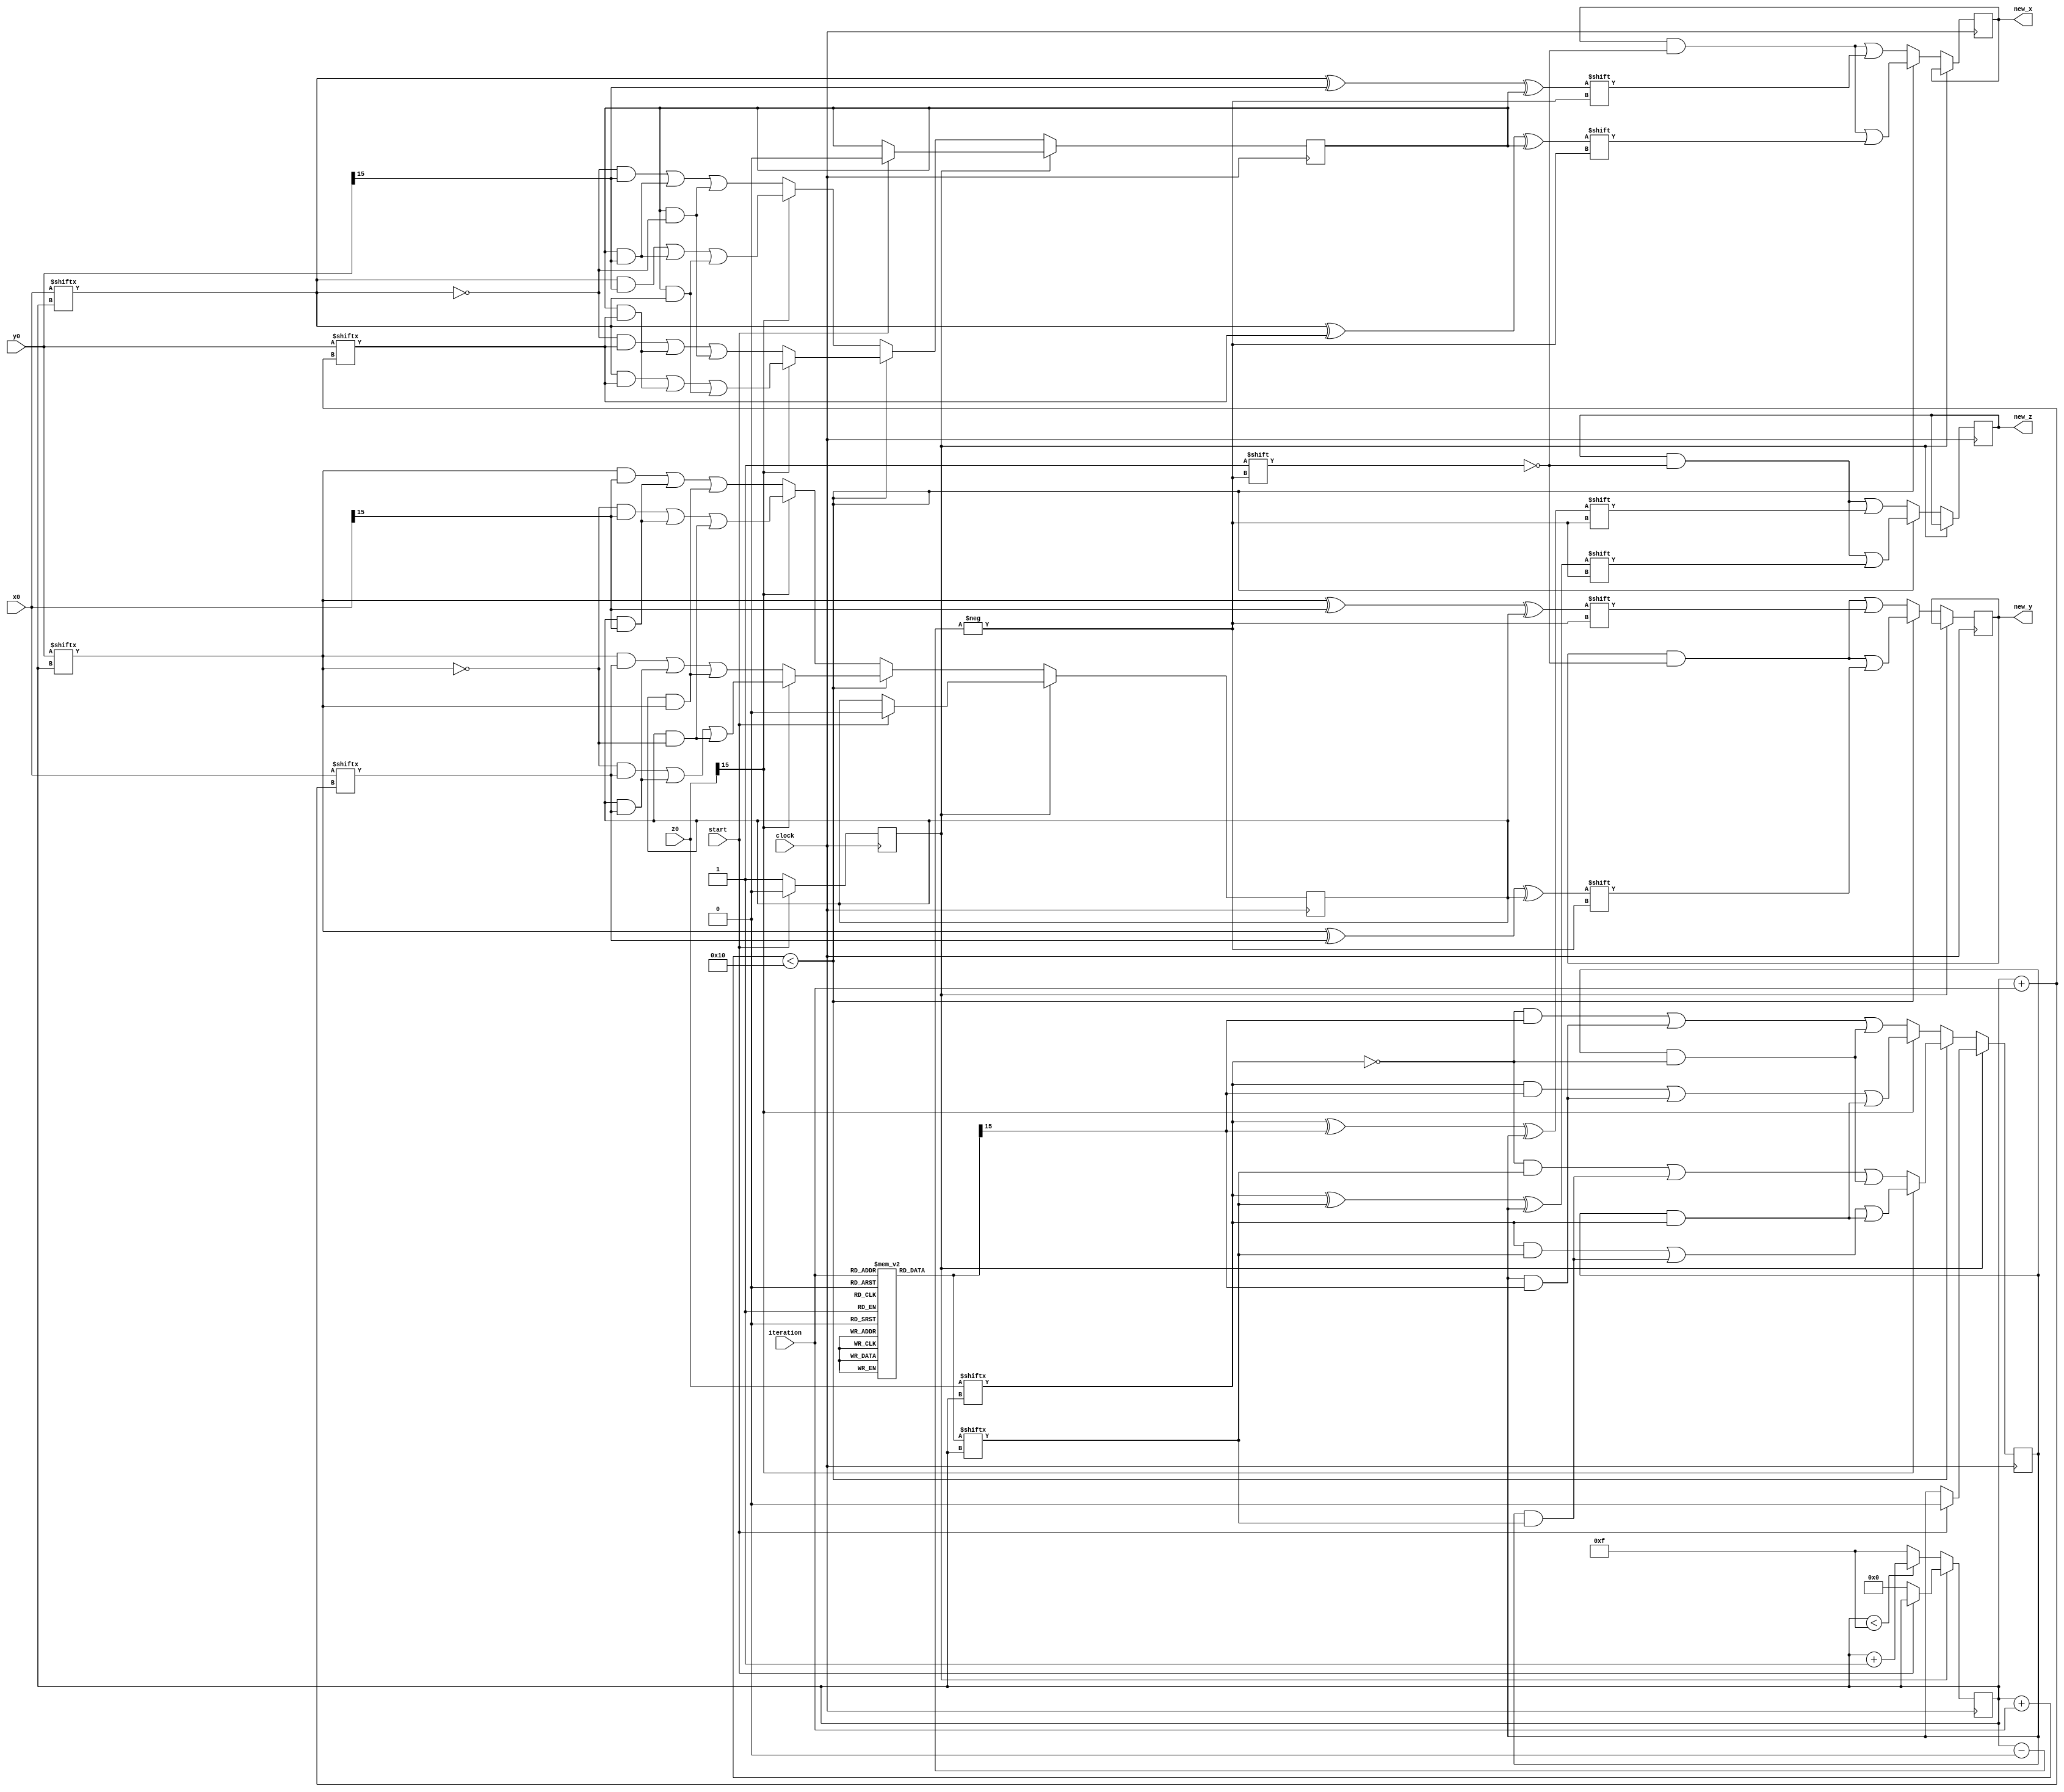
`timescale 1ns/1ps 

module cordic(clock,new_x,new_y,new_z,x0,y0,z0,iteration,start);

    input clock; 
    input signed [15:0] x0,y0;
    input signed [15:0] z0;
    output signed [15:0] new_x,new_y,new_z; 
    input [3:0] iteration;
    input start;
    reg [3:0] i = 4'b0000;
    reg signed [15:0] x,y,z;
    reg [15:0] tan_rom [15:0];
    reg addflag = 1;
    
    initial begin
    tan_rom[0] = 16'b0011001001000011;
    tan_rom[1] = 16'b0001110110101100;
    tan_rom[2] = 16'b0000111110101101;
    tan_rom[3] = 16'b0000011111110101;
    tan_rom[4] = 16'b0000001111111110;
    tan_rom[5] = 16'b0000000111111111;
    tan_rom[6] = 16'b0000000011111111;
    tan_rom[7] = 16'b0000000001111111;
    tan_rom[8] = 16'b0000000000111111;
    tan_rom[9] = 16'b0000000000011111;
    tan_rom[10] = 16'b0000000000001111;
    tan_rom[11] = 16'b0000000000000111;
    tan_rom[12] = 16'b0000000000000011;
    tan_rom[13] = 16'b0000000000000001;
    tan_rom[14] = 16'b0000000000000000;
    tan_rom[15] = 16'b0000000000000000;
    
    end

 
    
    wire z_signed;

    reg cx = 0;
    reg cy = 0;
    reg cz = 0;
     
    assign z_signed = z0[15];    
        
    always @(posedge clock) 
    begin 
    
        if (start==1) begin
            if (addflag == 1)
                cx <= 0;
                cy <= 0;
                cz <= 0;
                addflag <= 0;end
                
                
        else if (start == 0)begin
            i <= 0;
            addflag <= 1; end
            
        if (addflag==0) begin
        
            if (i+iteration <16) begin
                x[i] <= x0[i]^y0[i+iteration]^cx;
                y[i] <= y0[i]^x0[i+iteration]^cy;
                z[i] <= z0[i]^(tan_rom[iteration][i])^cz;
    
                cx <= (z_signed==0)? ((~x0[i])&y0[i+iteration])|(cx&y0[i+iteration])|(cx&(~x0[i])): (x0[i]&y0[i+iteration])|(cx&y0[i+iteration])|(cx&x0[i]);
                cy <= (z_signed==0)? (y0[i]&x0[i+iteration])|(cy&x0[i+iteration])|(cy&y0[i]) :((~y0[i])&x0[i+iteration])|(cy&x0[i+iteration])|(cy&(~y0[i])) ;
                cz <= (z_signed==0)? ((~z0[i])&(tan_rom[iteration][i]))|(cz&(tan_rom[iteration][i]))|(cz&(~z0[i])):(z0[i]&(tan_rom[iteration][i]))|(cz&(tan_rom[iteration][i]))|(cz&z0[i]);
            end
            
            else begin 
                x[i] <= x0[i]^y0[15]^cx;
                y[i] <= y0[i]^x0[15]^cy;
                z[i] <= z0[i]^(tan_rom[iteration][15])^cz;
    
                cx <= (z_signed==0)? ((~x0[i])&y0[15])|(cx&y0[15])|(cx&~x0[i]) : (x0[i]&y0[15])|(cx&y0[15])|(cx&x0[i]) ; 
                cy <= (z_signed==0)? (y0[i]&x0[15])|(cy&x0[15])|(cy&y0[i]) :(~y0[i]&x0[15])|(cy&x0[15])|(cy&~y0[i]) ; 
                cz <= (z_signed==0)?  (~z0[i]&(tan_rom[iteration][15]))|(cz&(tan_rom[iteration][15]))|(cz&~z0[i]):(z0[i]&(tan_rom[iteration][15]))|(cz&(tan_rom[iteration][15]))|(cz&z0[i]);
            end
            

             if (i<15) begin 
                    i <= i + 1;
             end
             else begin
                    i <= 15;  
             end       
        
        end
    end

            
    assign new_x = x;
    assign new_y = y;
    assign new_z = z;

endmodule